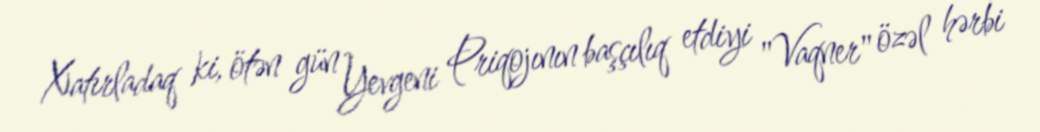
Xatırladaq ki, ötən gün Yevgeni Priqojının başçılıq etdiyi "Vaqner" özəl hərbi